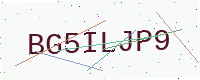
Text: BG5ILJP9